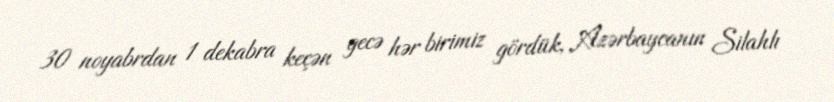
30 noyabrdan 1 dekabra keçən gecə hər birimiz gördük, Azərbaycanın Silahlı